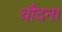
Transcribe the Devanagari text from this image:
चौदना